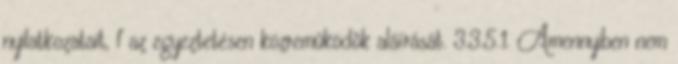
nyilatkozatait, f az egyeztetésen közremûködõk aláírását. 3.3.5.1. Amennyiben nem